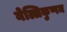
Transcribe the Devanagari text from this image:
नेल्लिकुप्पम